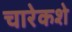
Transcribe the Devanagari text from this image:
चारेकशे